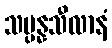
သမ္ပန္နသီလာနံ